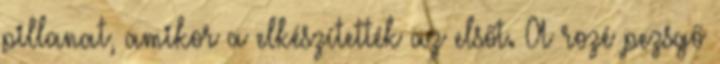
pillanat, amikor a elkészítették az elsőt. A rozé pezsgő